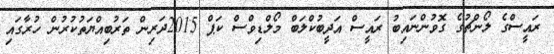
ރައީސްގެ ލޯންޗުގެ ގޮވުންނައިބު ރައީސް އަދީބުކްލަބް މޯލްޑިވްސް ކަޕް 2015ދަރިން ތަރުބިއްޔަތުކުރުން ހުރާގައި